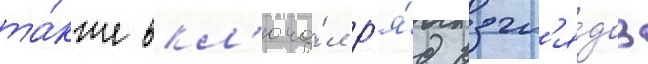
та́кже вкл'юча́л р'я́д взгл'я́дов